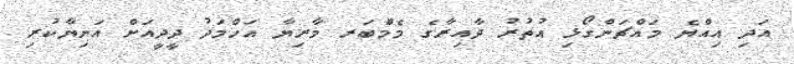
އަދި އިއްޔެ މައްޗަންގޯޅި އުތުރު ދާއިރާގެ މެމްބަރ މާރިޔާ އަހްމަދު ދީދީއަށް އަނިޔާކުރި